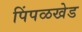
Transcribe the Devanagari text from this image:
पिंपळखेड